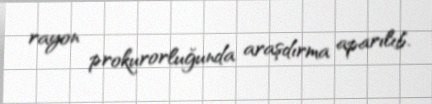
rayon prokurorluğunda araşdırma aparılıb.